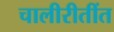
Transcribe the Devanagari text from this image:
चालीरीतींत